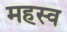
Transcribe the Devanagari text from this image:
महस्व